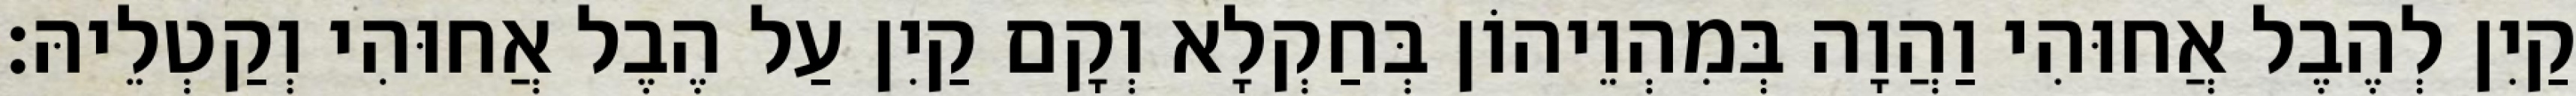
קַיִן לְהֶבֶל אֲחוּהִי וַהֲוָה בְּמִהְוֵיהוֹן בְּחַקְלָא וְקָם קַיִן עַל הֶבֶל אֲחוּהִי וְקַטְלֵיהּ׃